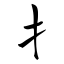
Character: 扌